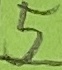
Text: 5